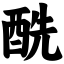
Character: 酰